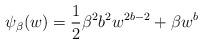
LaTeX: \begin{align*}\psi_ \beta(w)=\frac12 \beta^2 b^2 w^{2b-2}+ \beta w^{b}\end{align*}